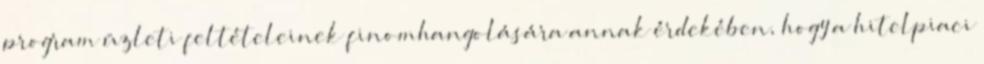
program üzleti feltételeinek finomhangolására annak érdekében, hogy a hitelpiaci